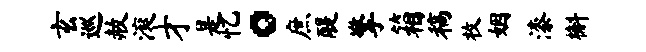
玄巡赦滚才是忆。庶醍擎箱稿枚姻漆槲